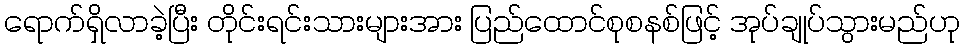
ရောက်ရှိလာခဲ့ပြီး တိုင်းရင်းသားများအား ပြည်ထောင်စုစနစ်ဖြင့် အုပ်ချုပ်သွားမည်ဟု